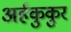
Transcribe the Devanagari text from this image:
अर्हकुकुर